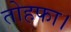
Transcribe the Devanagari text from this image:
तोहफा।